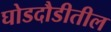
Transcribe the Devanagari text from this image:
घोडदौडीतील